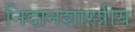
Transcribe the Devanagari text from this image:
निदानशास्त्रीय